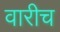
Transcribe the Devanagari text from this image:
वारीच